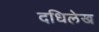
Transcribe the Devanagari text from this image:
दधिलेख